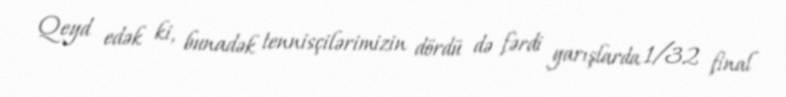
Qeyd edək ki, bunadək tennisçilərimizin dördü də fərdi yarışlarda 1/32 final